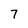
Character: 7